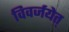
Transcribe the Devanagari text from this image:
विवर्जयेत्